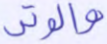
والوتر